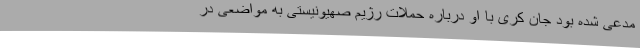
مدعی شده بود جان کری با او درباره حملات رژیم صهیونیستی به مواضعی در